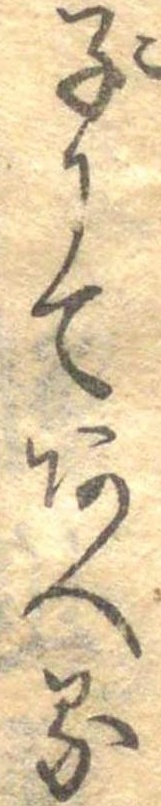
子にてあへる